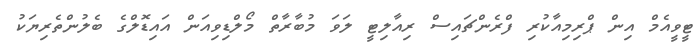
ޓީވީއެމް އިން ޕްރިމިއާކުރި ފްރެންޗައިސް ރިއާލިޓީ ލަވަ މުބާރާތް މޯލްޑިވިއަން އައިޑޮލްގެ ބެލުންތެރިޔަކު